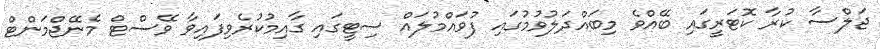
ޖަލްސާ ކުރާ ކޮޓަރީގައި ބޭއްވެ މިބައްދަލުވުމުގައި ފުވައްމުލައް ސިޓީގައި ގާއިމުކުރެވިފައިވާ ވޭސްޓް މެނޭޖްމަންޓް